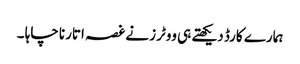
ہمارے کارڈ دیکھتے ہی ووٹرز نے غصہ اتارنا چاہا ۔